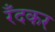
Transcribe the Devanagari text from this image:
रँदकर